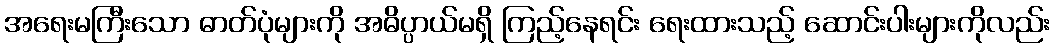
အရေးမကြီးသော ဓာတ်ပုံများကို အဓိပ္ပာယ်မရှိ ကြည့်နေရင်း ရေးထားသည့် ဆောင်းပါးများကိုလည်း